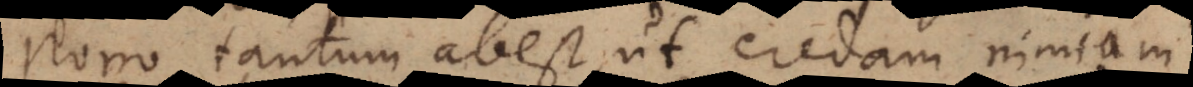
Porro tantum abest, ut credam nimiam